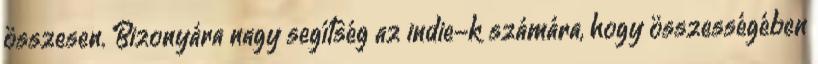
összesen. Bizonyára nagy segítség az indie-k számára, hogy összességében